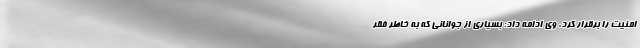
امنیت را برقرار کرد. وی ادامه داد: بسیاری از جوانانی که به خاطر فقر